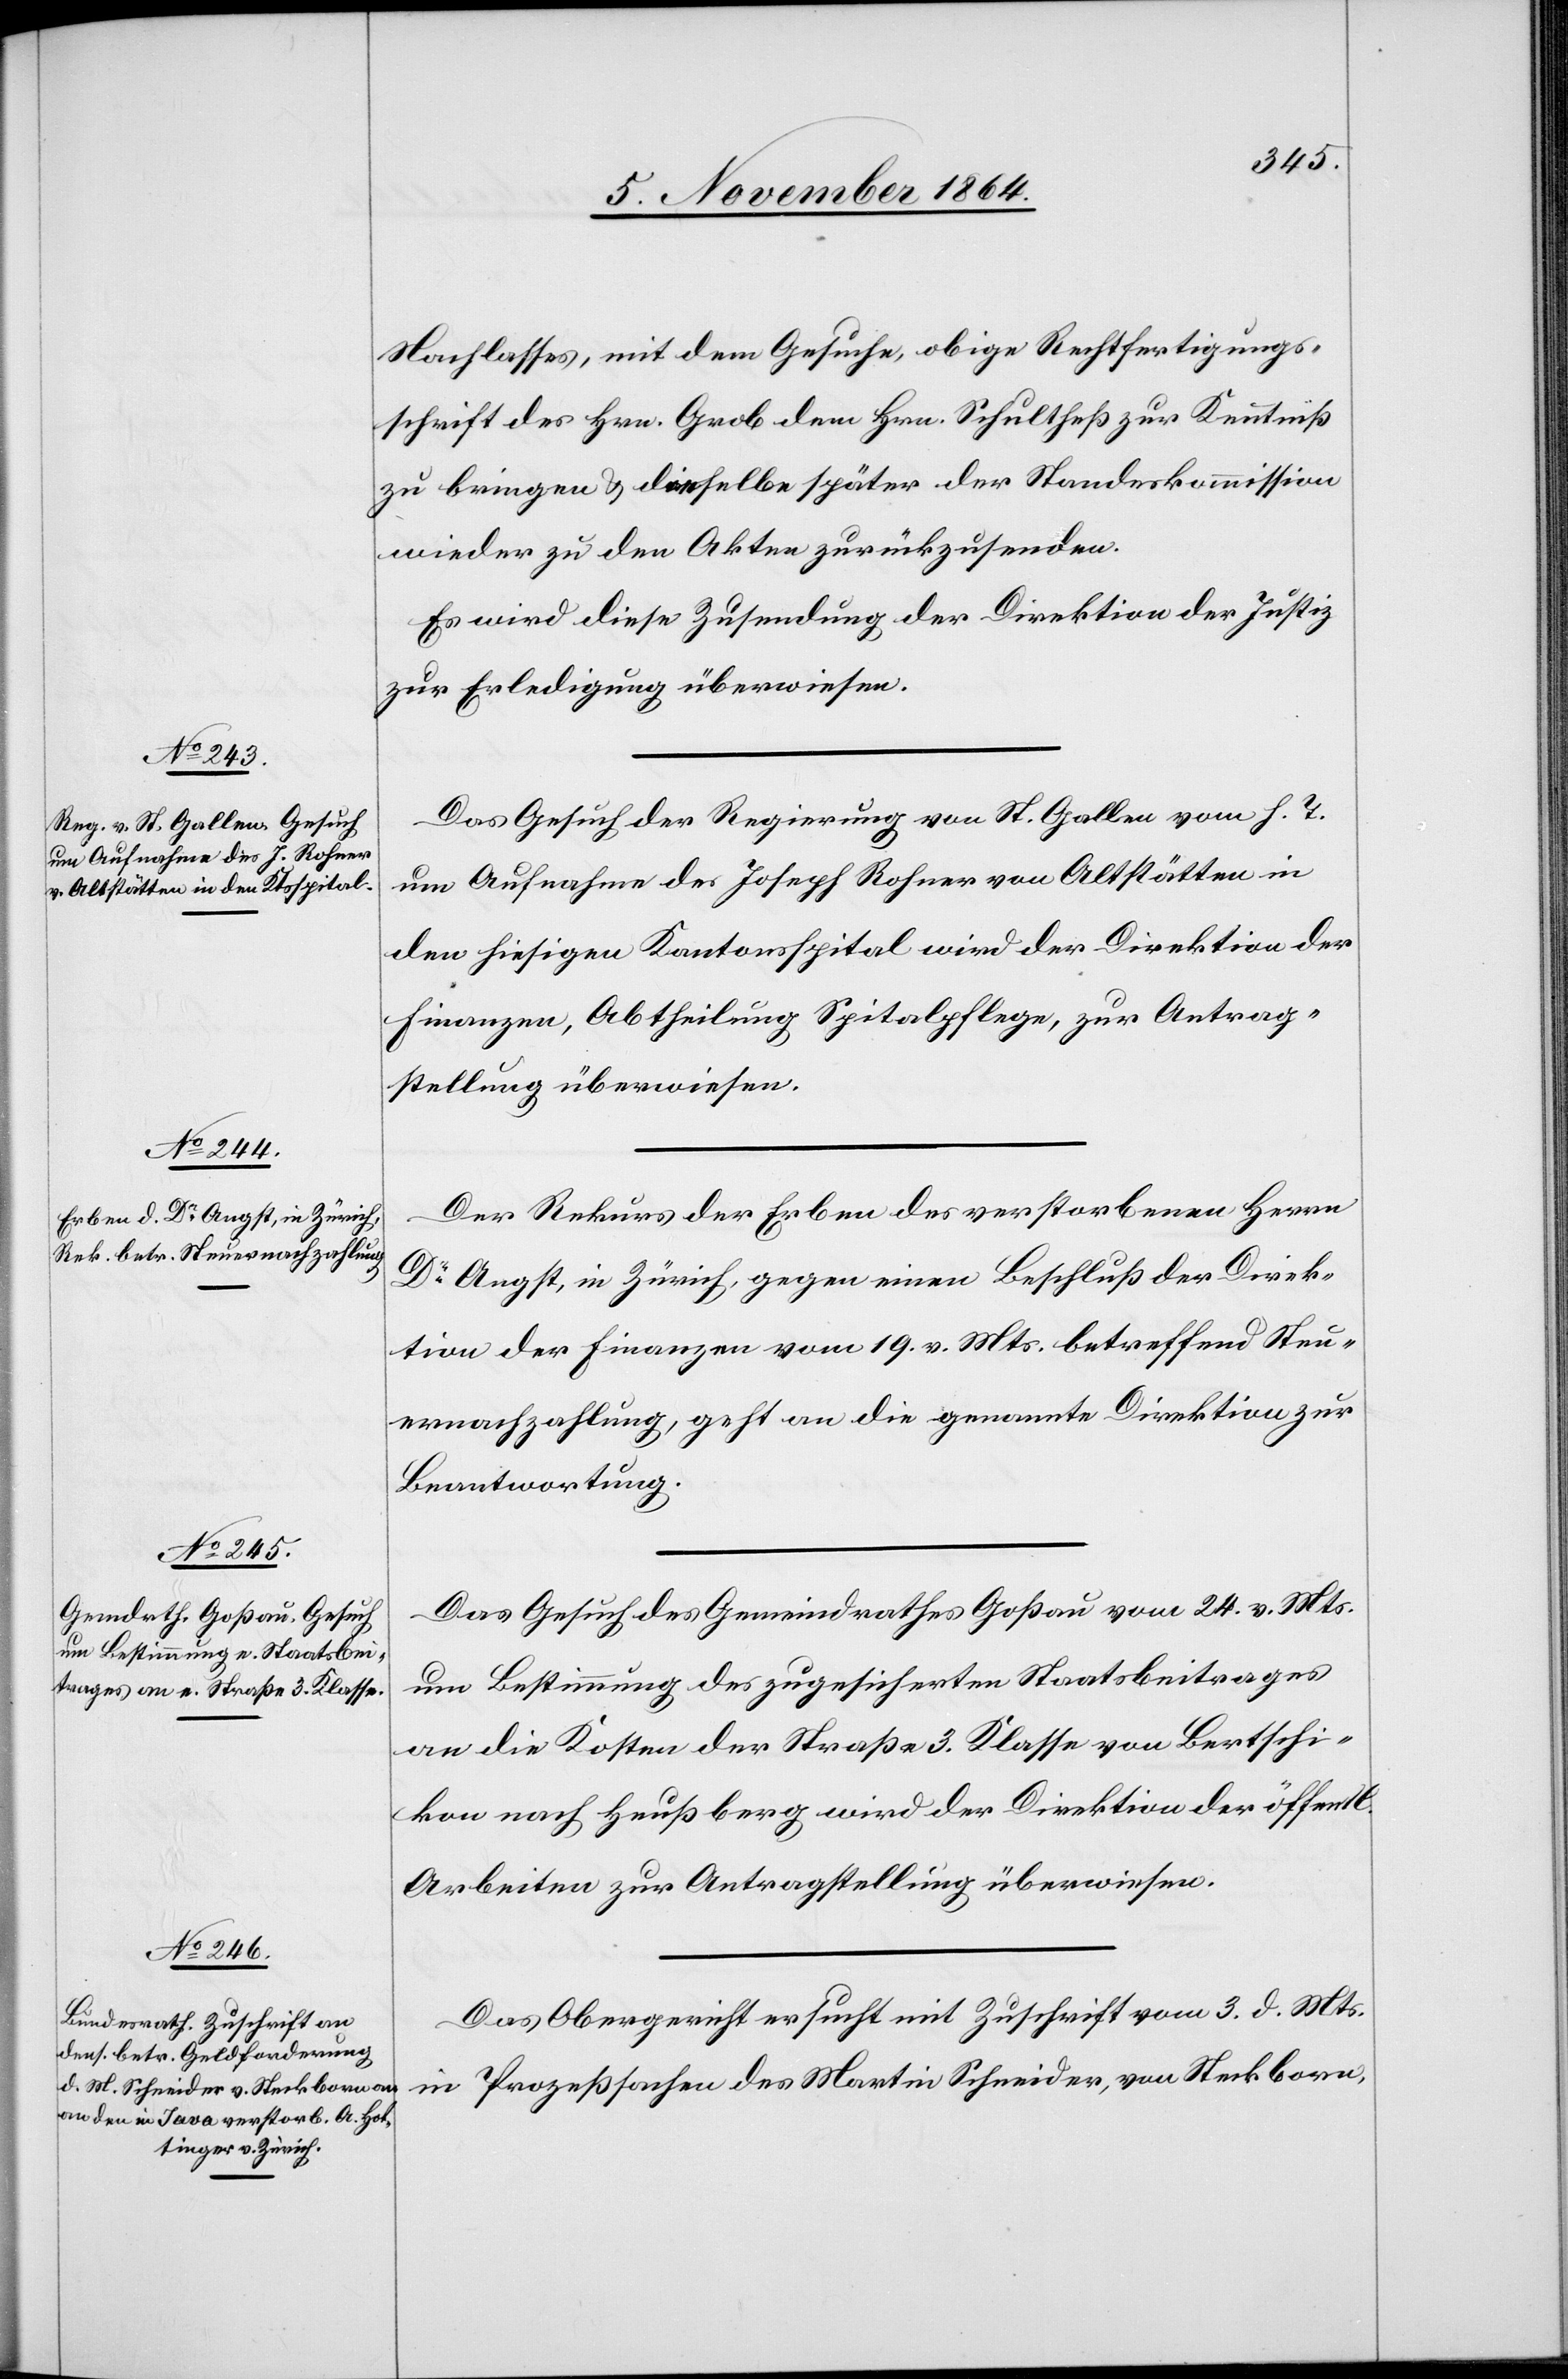
7. November 1864.]
Nachlasses, mit dem Gesuche, obige Rechtfertigungs¬
schrift des Hrn. Grob dem Hrn. Schultheß zur Kenntniß
zu bringen & dieselbe später der Standeskommission
wieder zu den Akten zurückzusenden.
Es wird diese Zusendung der Direktion der Justiz
zur Erledigung überwiesen.
Das Gesuch der Regierung von St. Gallen vom h. T.
um Aufnahme des Joseph Rohner von Altstätten in
den hiesigen Kantonsspital wird der Direktion der
Finanzen, Abtheilung Spitalpflege, zur Antrag¬
stellung überwiesen.
Der Rekurs der Erben des verstorbenen Herrn
Dr Angst, in Zürich, gegen einen Beschluß der Direk¬
tion der Finanzen vom 19. v. Mts. betreffend Steu¬
ernachzahlung, geht an die genannte Direktion zur
Beantwortung.
Das Gesuch des Gemeindrathes Goßau vom 24. v. Mts.
um Bestimmung des zugesicherten Staatsbeitrages
an die Kosten der Straße 3. Klasse von Bertschi¬
kon nach Heußberg wird der Direktion der öffentl.
Arbeiten zur Antragstellung überwiesen.
Das Obergericht ersucht mit Zuschrift vom 3. d. Mts.
in Prozeßsachen des Martin Schneider, von Steckborn,